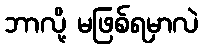
ဘာလို့ မဖြစ်ရမှာလဲ